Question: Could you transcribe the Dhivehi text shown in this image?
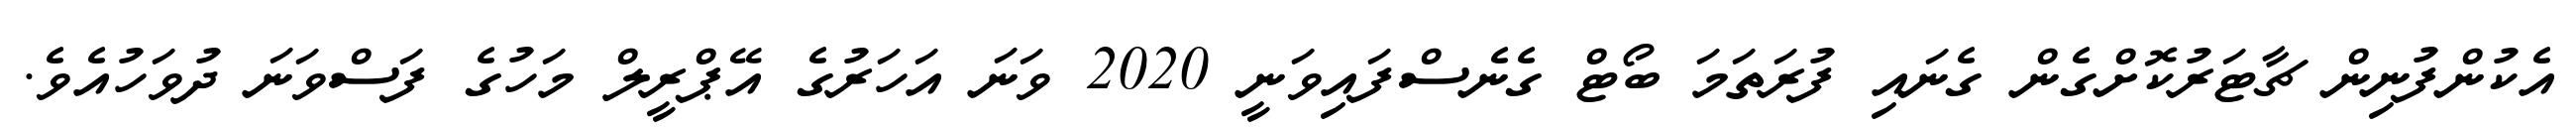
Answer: އެކުންފުނިން ޗާޓަރުކޮށްގެން ގެނައި ފުރަތަމަ ބޯޓް ގެނެސްފައިވަނީ 2020 ވަނަ އަހަރުގެ އޭޕްރީލް މަހުގެ ފަސްވަނަ ދުވަހުއެވެ.